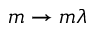
m \to m \lambda